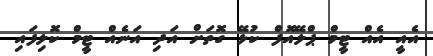
އެއީ އެއް ޓީމް ޕްލޭއޮފް ކުޅޭ ގޮތަށް އަދި އަނެއް ޓީމް ކޮލިފައި